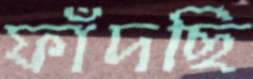
ফাঁদছি